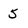
Character: 5